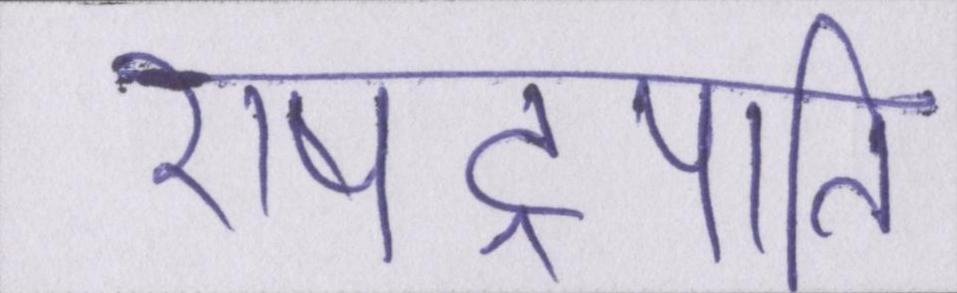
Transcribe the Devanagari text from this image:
राषट्रपति